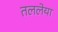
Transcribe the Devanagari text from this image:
तललेया